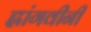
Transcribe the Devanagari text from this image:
ह्लांगवीनी